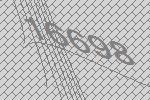
16698